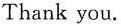
Thank you.